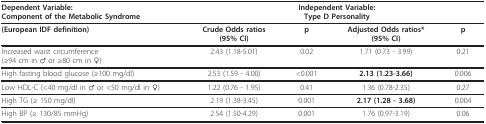
<table><thead><tr><td><b>Dependent Variable:Component of the Metabolic Syndrome</b></td><td colspan="4"><b>Independent Variable:Type D Personality</b></td></tr></thead><tbody><tr><td><b>(European IDF definition)</b></td><td><b>Crude Odds ratios</b><b>(95% CI)</b></td><td><b>p</b></td><td><b>Adjusted Odds ratios*</b><b>(95% CI)</b></td><td><b>p</b></td></tr><tr><td>Increased waist circumference(≥94 cm in ♂ or ≥80 cm in ♀)</td><td>2.43 (1.18-5.01)</td><td>0.02</td><td>1.71 (0.73 - 3.99)</td><td>0.21</td></tr><tr><td>High fasting blood glucose (≥100 mg/dl)</td><td>2.53 (1.59 - 4.00)</td><td>&lt;0.001</td><td><b>2.13 (1.23-3.66)</b></td><td>0.006</td></tr><tr><td>Low HDL-C (&lt;40 mg/dl in ♂ or &lt;50 mg/dl in ♀)</td><td>1.22 (0.76 - 1.95)</td><td>0.41</td><td>1.36 (0.78-2.35)</td><td>0.27</td></tr><tr><td>High TG (≥ 150 mg/dl)</td><td>2.19 (1.38-3.45)</td><td>0.001</td><td><b>2.17 (1.28 - 3.68)</b></td><td>0.004</td></tr><tr><td>High BP (≥ 130/85 mmHg)</td><td>2.54 (1.50-4.29)</td><td>0.001</td><td>1.76 (0.97-3.19)</td><td>0.06</td></tr></tbody></table>